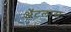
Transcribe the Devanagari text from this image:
अॅटलास